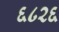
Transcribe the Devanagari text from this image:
६८२६